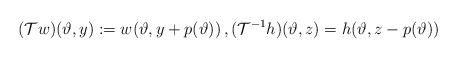
LaTeX: \begin{align*}({\cal T} w)(\vartheta, y ) := w(\vartheta , y + p(\vartheta)) \, , ({\cal T}^{-1} h) (\vartheta ,z ) = h(\vartheta, z - p(\vartheta))\end{align*}